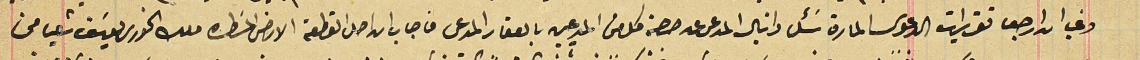
وفى ان ارجو تقريرات الدعوى المارة سَئل دانيال المدعى عن حصة كل من المدعيين بالعقار المدعى فاجاب ان صك القطعة الارض المسَطره ملك الخوري يوسَف شعيا من